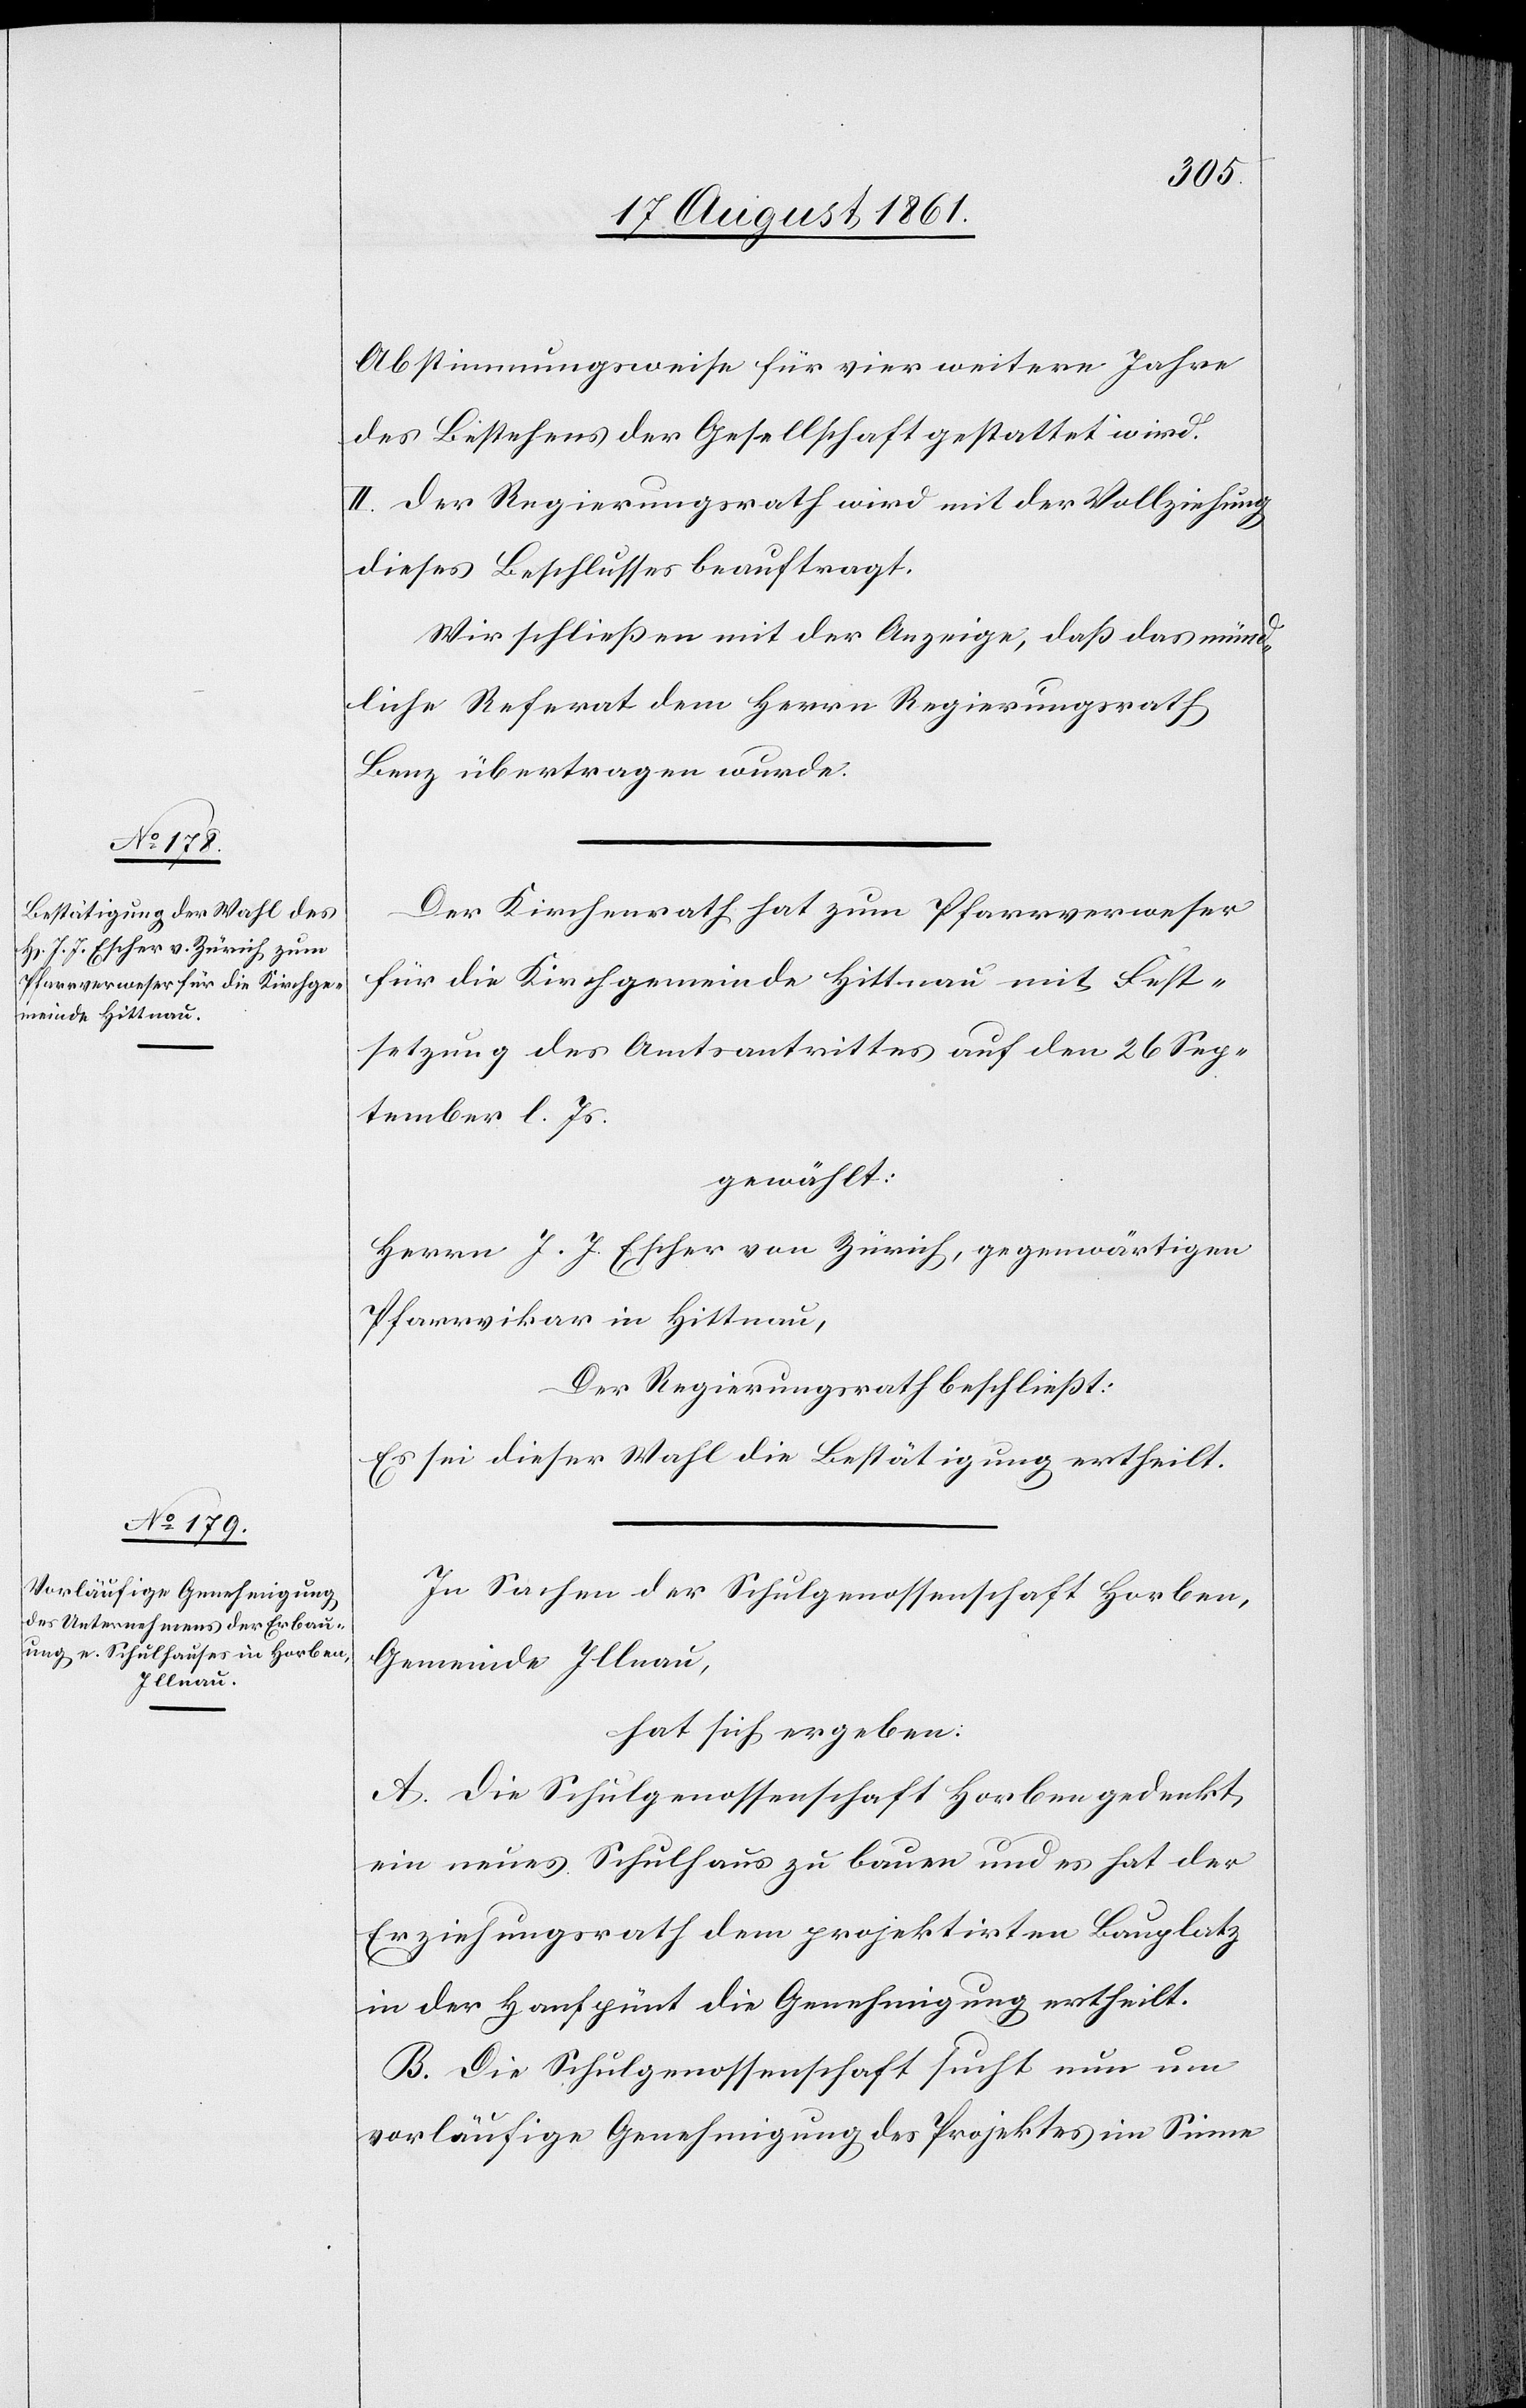
Abstimmungsweise für vier weitere Jahre
des Bestehens der Gesellschaft gestattet wird.
II. Der Regierungsrath wird mit der Vollziehung
dieses Beschlusses beauftragt.
Wir schließen mit der Anzeige, daß das münd¬
liche Referat dem Herrn Regierungsrath
Benz übertragen wurde.
Der Kirchenrath hat zum Pfarrverweser
für die Kirchgemeinde Hittnau mit Fest¬
setzung des Amtsantrittes auf den 26 Sep¬
tember l. Js.
gewählt:
Herren J. J. Escher von Zürich, gegenwärtigen
Pfarrvikar in Hittnau,
Der Regierungsrath beschließt:
Es sei dieser Wahl die Bestätigung ertheilt.
In Sachen der Schulgenossenschaft Horben,
Gemeinde Illnau,
hat sich ergeben:
A. Die Schulgenossenschaft Horben gedenkt,
ein neues Schulhaus zu bauen und es hat der
Erziehungsrath dem projektirten Bauplatz
in der Hanfpünt die Genehmigung ertheilt.
B. Die Schulgenossenschaft sucht nun um
vorläufige Genehmigung des Projektes im Sinne